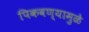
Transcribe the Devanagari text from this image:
पिकवण्यामुळे